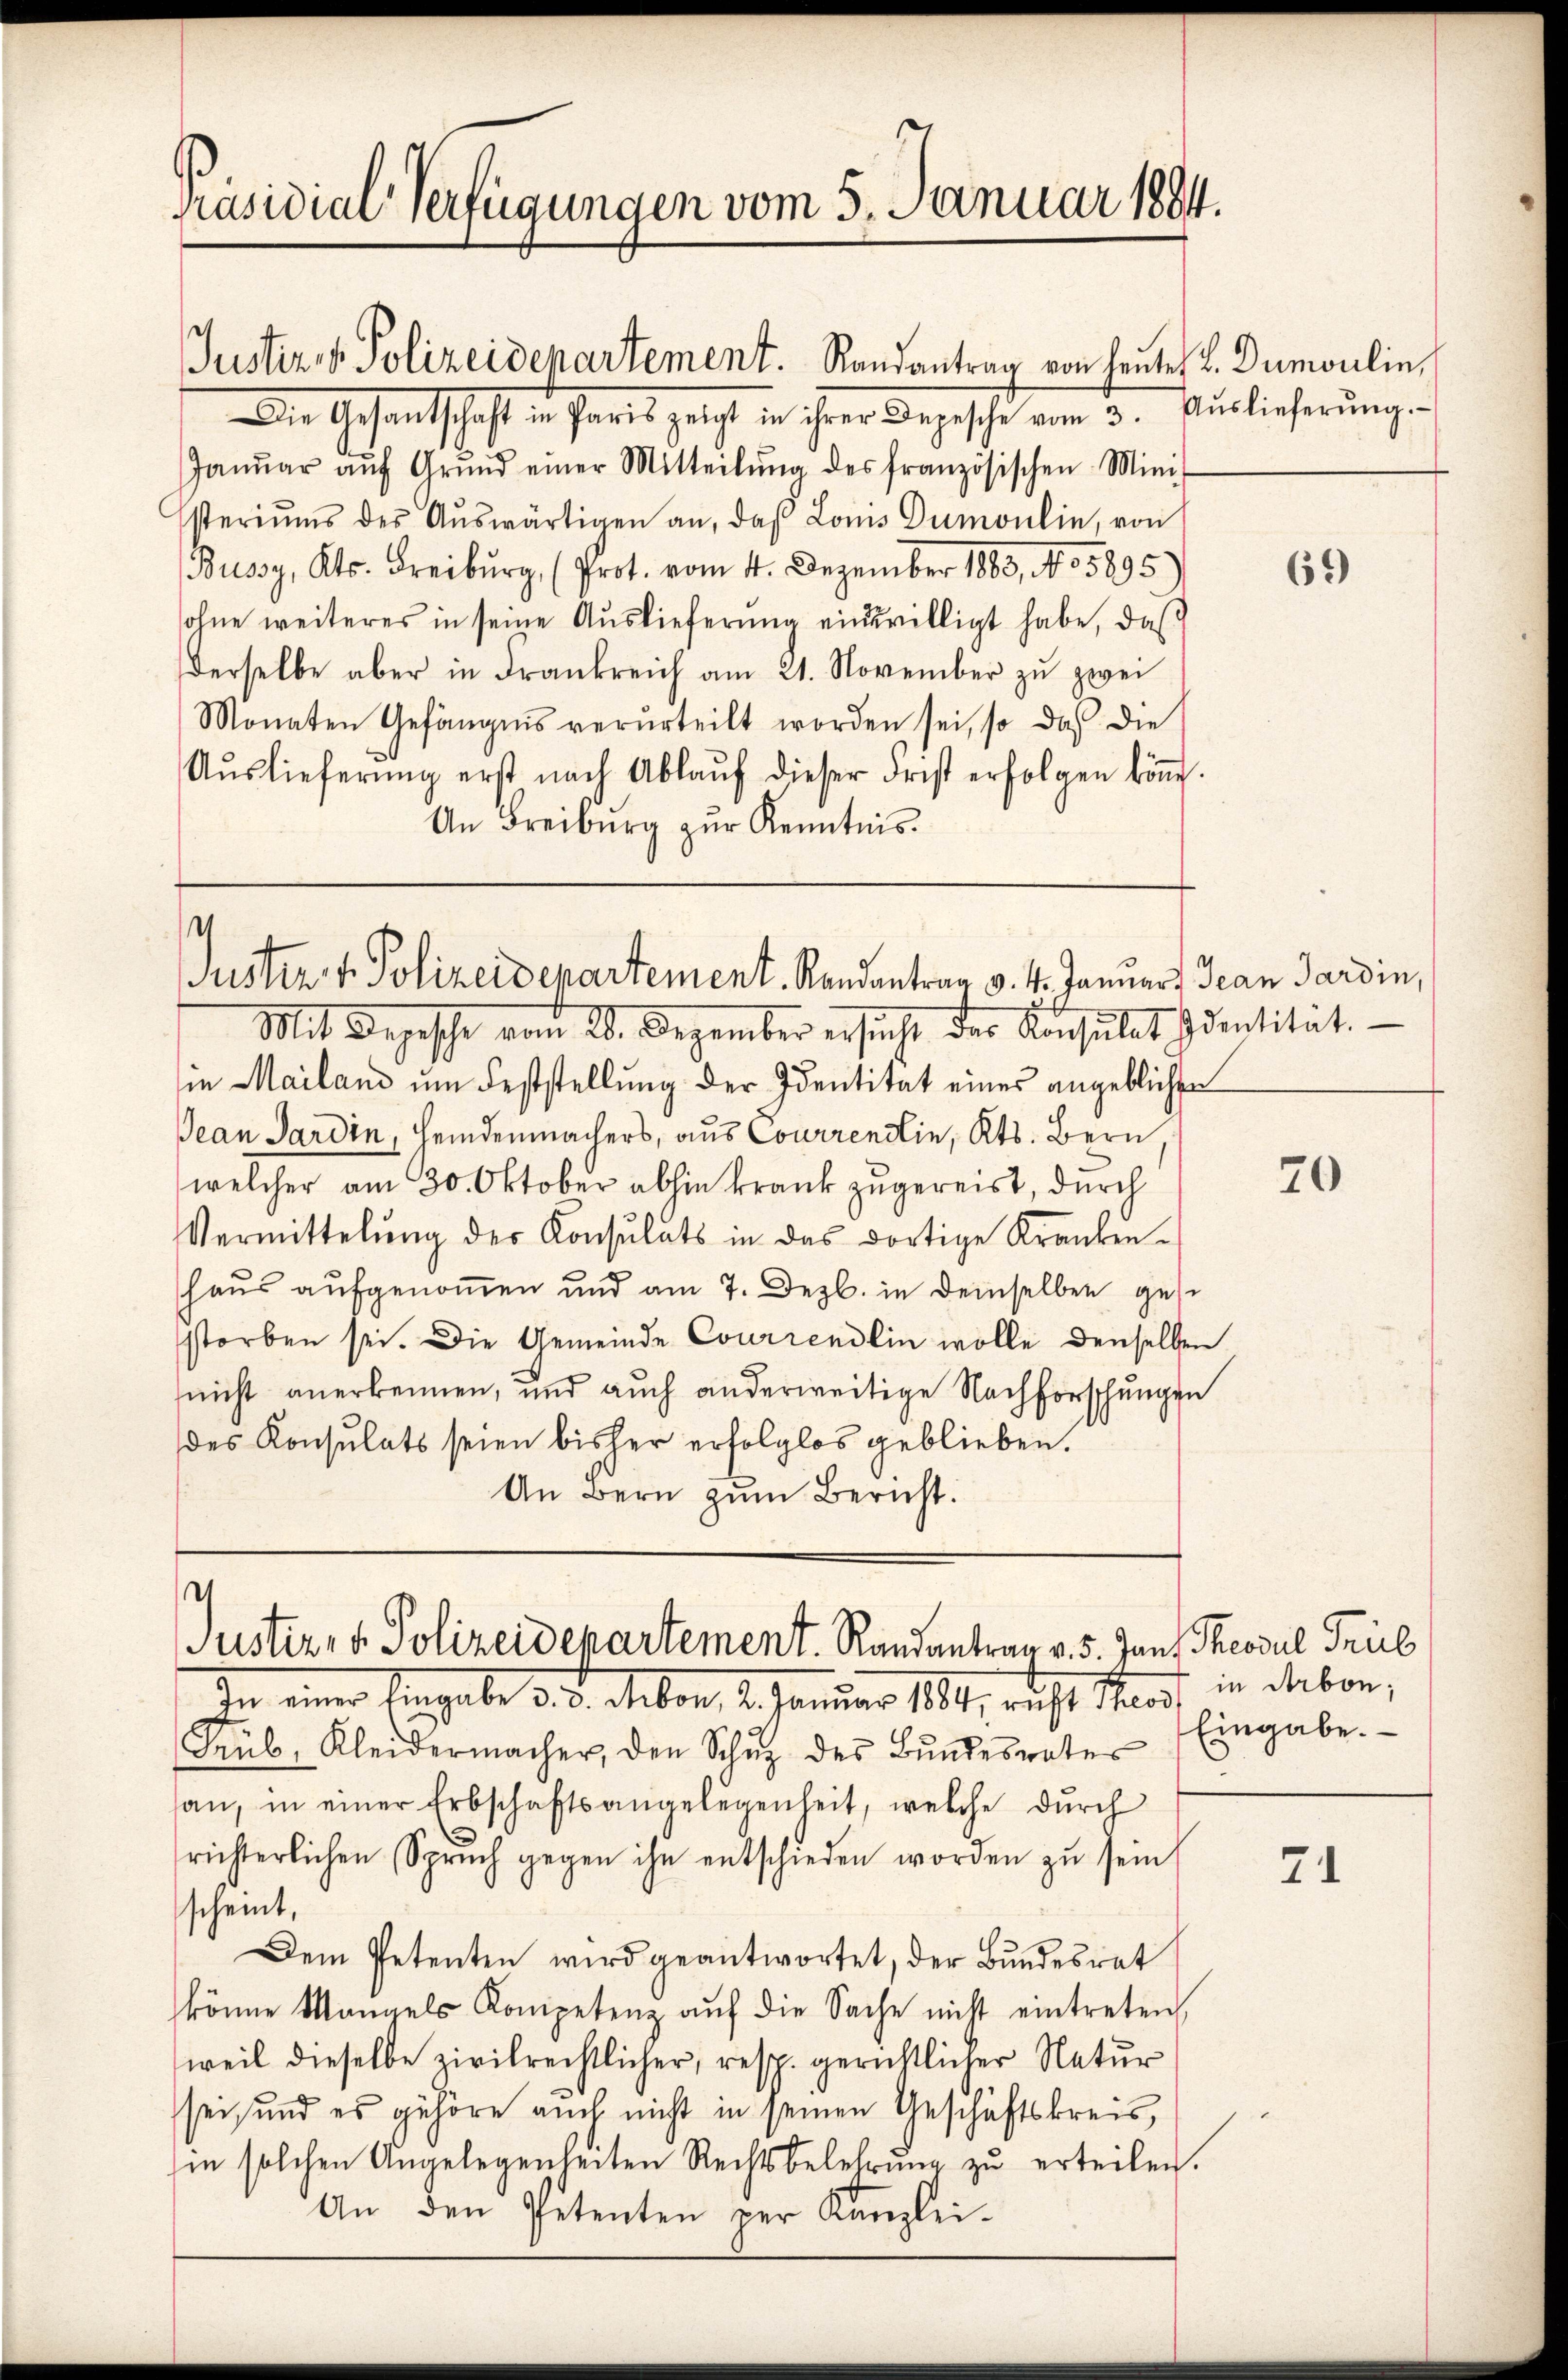
Präsidial-Verfügungen vom 5. Januar 1884.

Justiz- & Polizeidepartement. Randantrag von heutes L. Dumoulin,
Die Gesandtschaft in Paris zeicht in ihrer Depesche vom 3. Auslieferŭng
Janŭar aŭf Grŭnd einer Mitteilŭng des französischen Mini-
steriums des Aŭswärtigen an, daß Lonis Dumontin, von
Bussy, Kts. Freiburg, (Prot. vom 4. Dezember 1883, No 5895)
sohne weiteres in seine Auslieferŭng einwilligt habe, daß
derselbe aber in Frankreich am 21. November zŭ zwei
Monaten Gefängnis verurteilt worden sei, so das die
Aŭslieferŭng erst nach Ablaŭf dieser Frist erfolgen kön.
An Freiburg zŭr Kenntnis.

4
Justiz- & Polizeidepartement. Randantrag v. 4. Januar Jean Pardin,

Mit Depesche vom 20. Dezember ersucht der Konsulat Identität.
in Mailand um Feststellung der Identität eines angeblichen
Jean Pardin, Feindenmachers, aus Courrendin, Kts. Bern,
welcher am 30. Oktober abhin krank zugereist, durch
Vermittelŭng der Konsulats in das dortige Kranken-
haus aufgenoṁen und am 7. Dezb. in demselben gese
storben sei. Die Gemeinde Couriendlin wolle denselben
nicht anerkennen, und auch anderweitige Nachforschungen
des Konsulats seien bisher erfolglos geblieben.
An Bern zŭm Bericht.

Justiz- u. Polizeidepartement. Randantrag v. 5. Jans Theodul Trül

In einer Eingabe 5. 5. eben, 4. Januar 189, richt auf in eben,
Trüb, Kleidermacher, den Schŭt des Bŭndesrates
san, in einer Erbschaftsangelegenheit, welche durch
richterlichen Spruch gegen ihn entschieden worden zŭ sein
scheint,
Dem Petenten wird geantwortet, der Bundesrat
könne Mannels Kompetenz aŭf die Sache nicht eintreten,
weil dieselbe zivilrechtlicher, resp. gerichtlicher Natur
sei, und es gehöre auch nicht in seinen Geschäftskreis,
in solchen Angelegenheiten Rechtsbelehrung zu erteilen.
An den Petenten per Kanzlei-

69)

70

Eingabe.

71